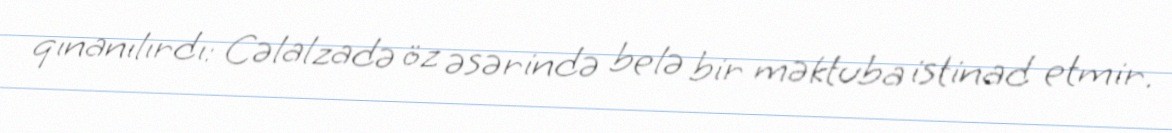
qınanılırdı: Cəlalzadə öz əsərində belə bir məktuba istinad etmir.